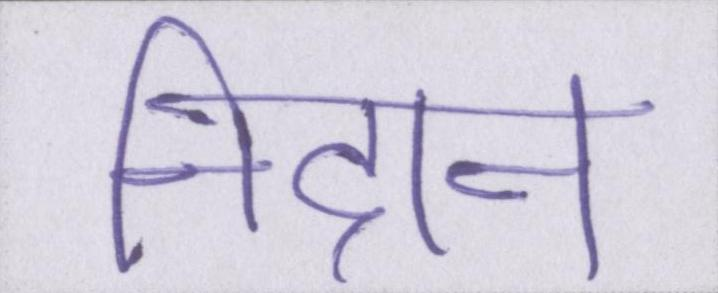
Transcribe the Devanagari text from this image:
निदान